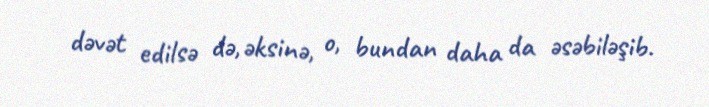
dəvət edilsə də, əksinə, o, bundan daha da əsəbiləşib.